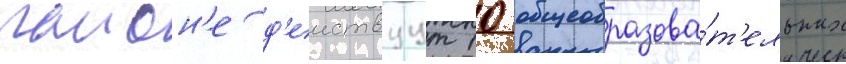
раион'е д'еиствуут 10 общеобразова́т'ельных